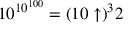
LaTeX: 1 0 ^ { 1 0 ^ { 1 0 0 } } = ( 1 0 \uparrow ) ^ { 3 } 2